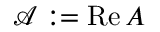
\mathcal { A } : = \operatorname { R e } A